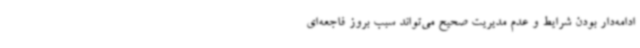
ادامه‌دار بودن شرایط و عدم مدیریت صحیح می‌تواند سبب بروز فاجعه‌ای